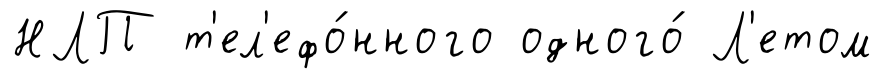
НЛП т'ел'ефо́нного одного́ Л'етом